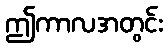
ဤကာလအတွင်း